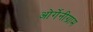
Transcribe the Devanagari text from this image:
ओर्गेनीग्राम